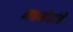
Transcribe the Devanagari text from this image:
मतभेदांचे